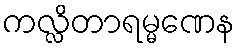
ကလ္လိတာရမ္မဏေန